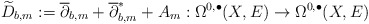
\begin{align*} \widetilde D_{b,m}:=\overline\partial_{b,m}+\overline{\partial}^*_{b,m}+A_m:\Omega^{0,\bullet}(X,E)\rightarrow\Omega^{0,\bullet}(X,E)\end{align*}